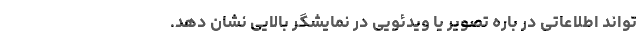
تواند اطلاعاتی در باره تصویر یا ویدئویی در نمایشگر بالایی نشان دهد.